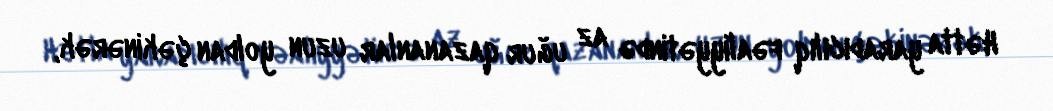
Hətta yaradıcılıq fəaliyyətində az uğur qazananlar uzun yoldan çəkinərək,